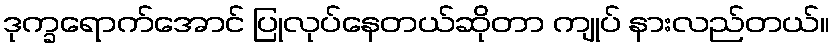
ဒုက္ခရောက်အောင် ပြုလုပ်နေတယ်ဆိုတာ ကျုပ် နားလည်တယ်။